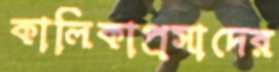
কালিকাপ্রসাদের